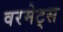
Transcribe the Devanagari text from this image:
वरमेट्स